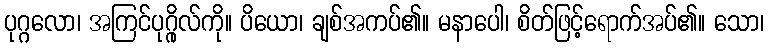
ပုဂ္ဂလော၊ အကြင်ပုဂ္ဂိုလ်ကို။ ပိယော၊ ချစ်အကပ်၏။ မနာပေါ၊ စိတ်ဖြင့်ရောက်အပ်၏။ သော၊